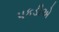
પકડીએ